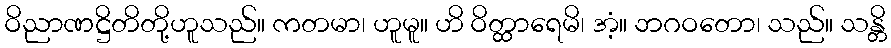
ဝိညာဏဋ္ဌိတိတို့ဟူသည်။ ကတမာ၊ ဟူမူ။ ဟိ ဝိတ္ထာရေမိ၊ အံ့။ ဘဂဝတော၊ သည်။ သန္တိ